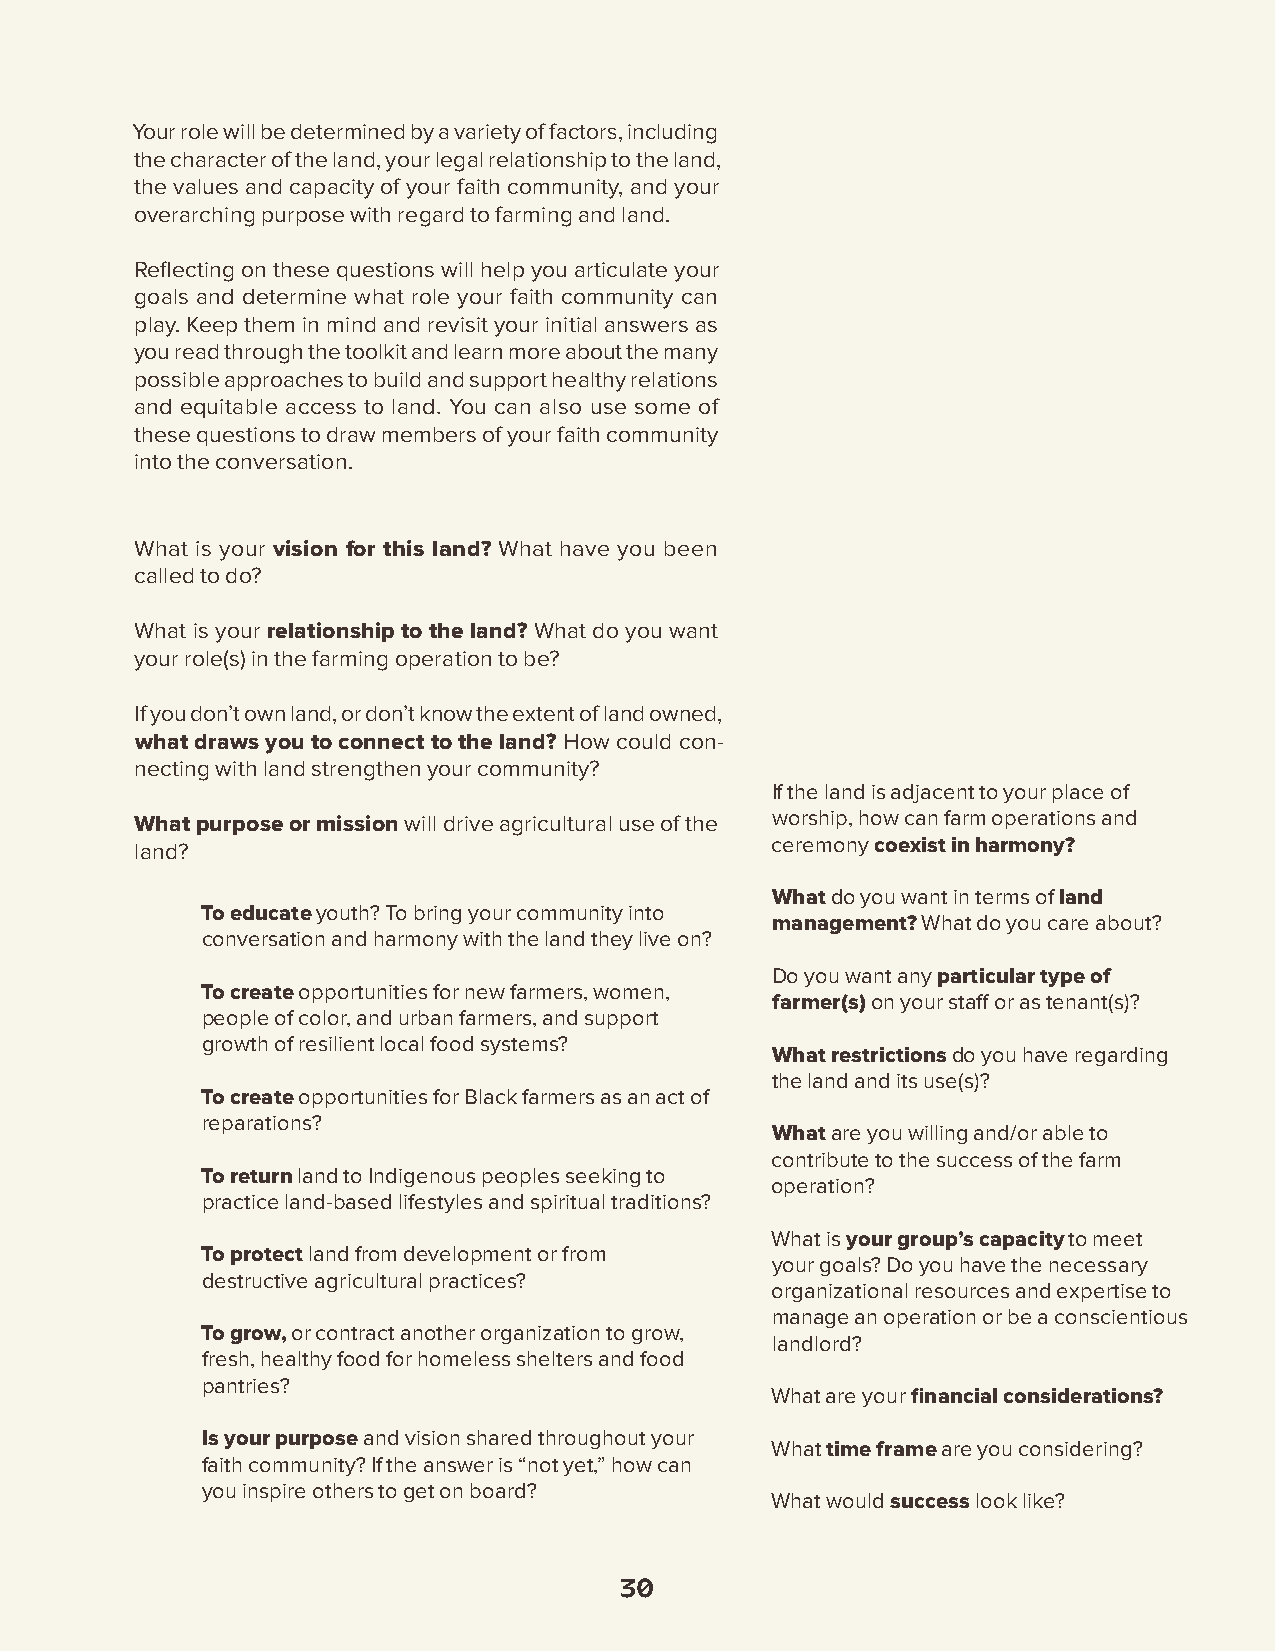
Your role will be determined by a variety of factors, including
 the character of the land, your legal relationship to the land,
 the values and capacity of your faith community, and your
 overarching purpose with regard to farming and land.
 Reflecting on these questions will help you articulate your
 goals and determine what role your faith community can
 play. Keep them in mind and revisit your initial answers as
 you read through the toolkit and learn more about the many
 possible approaches to build and support healthy relations
 and equitable access to land. You can also use some of
 these questions to draw members of your faith community
 into the conversation.
 What is your vision for this land? What have you been
 called to do?
 What is your relationship to the land? What do you want
 your role(s) in the farming operation to be?
 If you don’t own land, or don’t know the extent of land owned,
 what draws you to connect to the land? How could con-
 necting with land strengthen your community?
 If the land is adjacent to your place of
 What purpose or mission will drive agricultural use of the worship, how can farm operations and
 land?                                     ceremony coexist in harmony?
 What do you want in terms of land
 To educate youth? To bring your community into
 management? What do you care about?
 conversation and harmony with the land they live on?
 Do you want any particular type of
 To create opportunities for new farmers, women,
 farmer(s) on your staff or as tenant(s)?
 people of color, and urban farmers, and support
 growth of resilient local food systems?
 What restrictions do you have regarding
 the land and its use(s)?
 To create opportunities for Black farmers as an act of
 reparations?
 What are you willing and/or able to
 contribute to the success of the farm
 To return land to Indigenous peoples seeking to
 operation?
 practice land-based lifestyles and spiritual traditions?
 What is your group’s capacity to meet
 To protect land from development or from
 your goals? Do you have the necessary
 destructive agricultural practices?
 organizational resources and expertise to
 manage an operation or be a conscientious
 To grow, or contract another organization to grow,
 landlord?
 fresh, healthy food for homeless shelters and food
 pantries?
 What are your financial considerations?
 Is your purpose and vision shared throughout your
 What time frame are you considering?
 faith community? If the answer is “not yet,” how can
 you inspire others to get on board?
 What would success look like?
 30